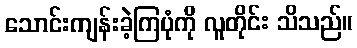
သောင်းကျန်းခဲ့ကြပုံကို လူတိုင်း သိသည်။